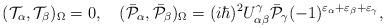
LaTeX: \begin{align*}({\cal T}_\alpha,{\cal T}_\beta)_\Omega=0,\quad(\bar{\cal P}_\alpha,\bar{\cal P}_\beta)_\Omega=(i\hbar)^2U^\gamma_{\alpha\beta}\bar{\cal P}_\gamma(-1)^{\varepsilon_\alpha+\varepsilon_\beta+\varepsilon_\gamma},\end{align*}